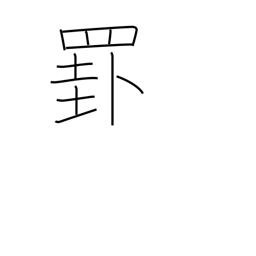
Meaning: ruled line